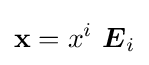
\mathbf {x} =x^{i}~{\boldsymbol {E}}_{i}